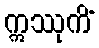
ဣဿုကိံ